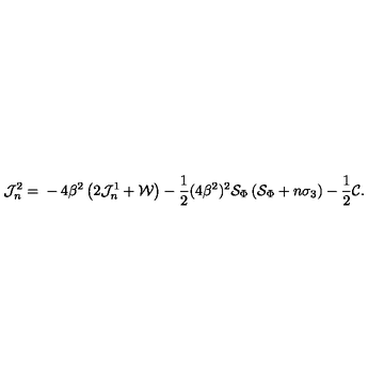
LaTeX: \mathcal J _ { n } ^ { 2 } = { } - 4 \beta ^ { 2 } \left( 2 \mathcal J _ { n } ^ { 1 } + { \cal W } \right) - \frac { 1 } { 2 } ( 4 \beta ^ { 2 } ) ^ { 2 } { \cal S } _ { \Phi } \left( { \cal S } _ { \Phi } + n \sigma _ { 3 } \right) - \frac 1 2 { \cal C } .